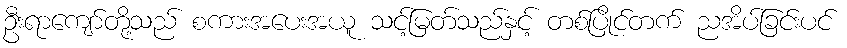
ဦးရာကျော်တို့သည် စကားအပေးအယူ သင့်မြတ်သည်နှင့် တစ်ပြိုင်တက် ညအိပ်ခြင်းပင်